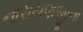
નારાયણજીના